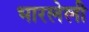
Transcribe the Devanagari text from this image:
भारलेली